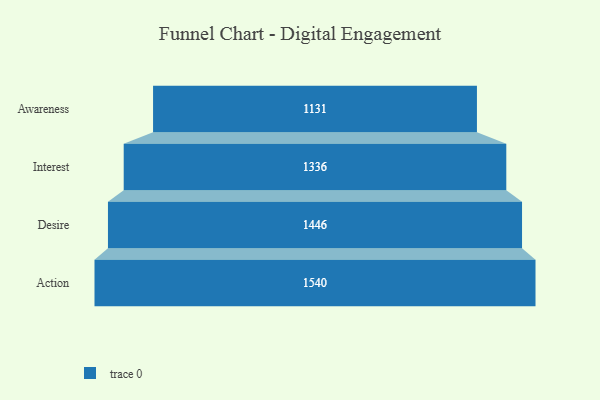
{"axis": {"x": "Stage", "y": "Value"}, "legend": [""], "data": [{"x": "Awareness", "y": 1131.0, "type": ""}, {"x": "Interest", "y": 1336.0, "type": ""}, {"x": "Desire", "y": 1446.0, "type": ""}, {"x": "Action", "y": 1540.0, "type": ""}]}